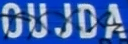
OUJDA